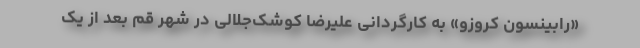
«رابینسون کروزو» به کارگردانی علیرضا کوشک‌جلالی در شهر قم بعد از یک